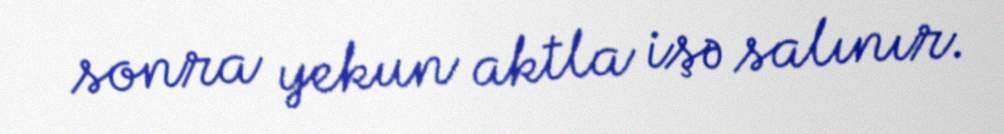
sonra yekun aktla işə salınır.